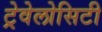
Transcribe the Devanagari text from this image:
ट्रेवेलोसिटी